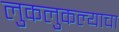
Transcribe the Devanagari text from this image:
लुकलुकल्याचा